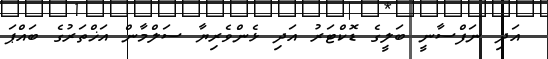
އަދި ނަފްސާނީ ބަލީގެ ޑޮކްޓަރު އަދި ޅެންވެރިޔާ ސަލްމާން އަޚްތަރުގެ ބައްޕަ